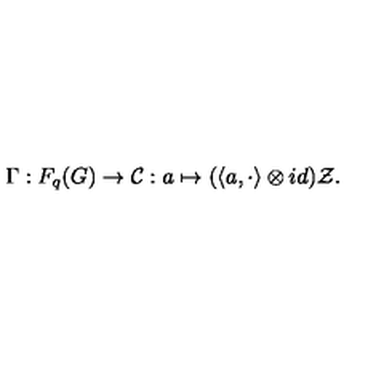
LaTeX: \Gamma : F _ { q } ( G ) \rightarrow { \cal C } : a \mapsto ( \langle a , \cdot \rangle \otimes i d ) { \cal Z } .